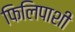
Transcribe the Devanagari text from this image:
फिलिपाशी